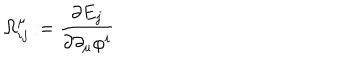
LaTeX: \Omega _ { i j } ^ { \mu } : = \frac { \partial E _ { j } } { \partial \partial _ { \mu } \varphi ^ { i } }